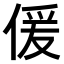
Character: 𠋠